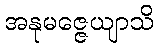
အနုမဇ္ဇေယျာသိ